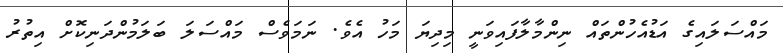
މައްސަލައިގެ އަޑުއެހުންތައް ނިންމާލާފައިވަނީ މިދިޔަ މަހު އެވެ. ނަމަވެސް މައްސަލަ ބަލަމުންދަނިކޮށް އިތުރު